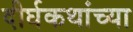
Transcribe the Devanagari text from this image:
दीर्घकथांच्या